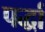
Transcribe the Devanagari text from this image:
पर्द्धा